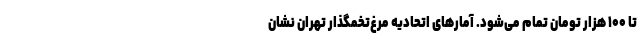
تا ۱۰۰ هزار تومان تمام می‌شود. آمارهای اتحادیه مرغ‌تخمگذار تهران نشان